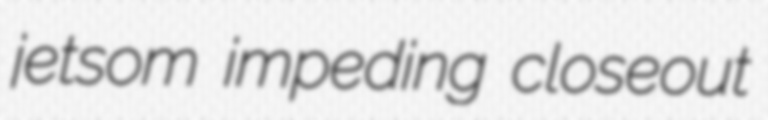
jetsom impeding closeout